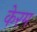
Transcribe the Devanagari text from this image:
केरम